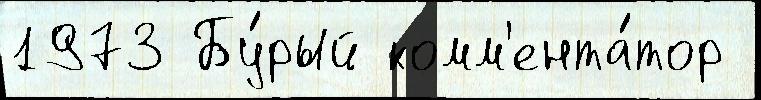
1973 Бу́рый комм'ента́тор